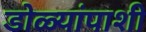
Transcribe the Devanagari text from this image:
डोळ्यांपाशी